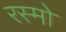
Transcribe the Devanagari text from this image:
रस्मो